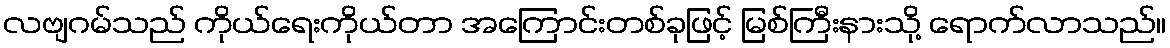
လဗျဂမ်သည် ကိုယ်ရေးကိုယ်တာ အကြောင်းတစ်ခုဖြင့် မြစ်ကြီးနားသို့ ရောက်လာသည်။